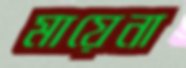
মায়েনা